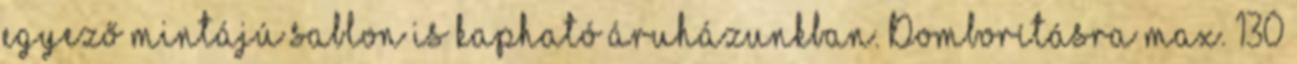
egyező mintájú sablon is kapható áruházunkban. Domborításra max. 130